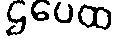
ဌပေထ